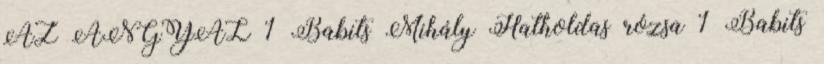
AZ ANGYAL 1 Babits Mihály Hatholdas rózsa 1 Babits